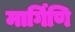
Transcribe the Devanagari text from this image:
मार्गिणि